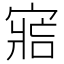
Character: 𡩩